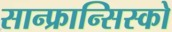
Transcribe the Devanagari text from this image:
सान्फ्रान्सिस्को